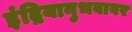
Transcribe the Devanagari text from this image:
इंद्रियानुभवावर